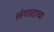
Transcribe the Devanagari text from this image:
लंगाटाचा